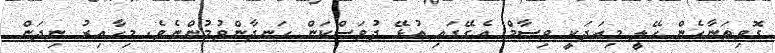
ގޮވިތަނާހެން ހޭލީ މިއަދަކީ ވިސާމް އެގޭގައި އުޅޭ ދުވަސްކަން ހަނދާންވުމުންނެވެ. މިހާއިރު ނިދަން